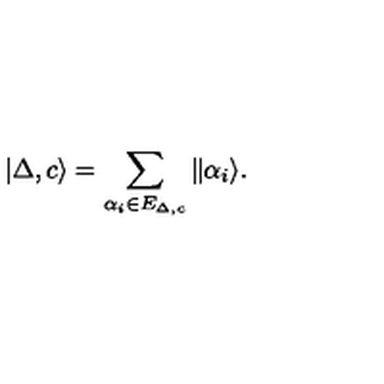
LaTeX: | \Delta , c \rangle = \sum _ { \alpha _ { i } \in E _ { \Delta , c } } \| \alpha _ { i } \rangle .